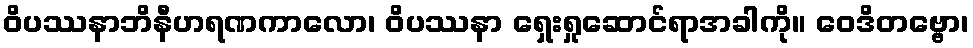
ဝိပဿနာဘိနီဟရဏကာလော၊ ဝိပဿနာ ရှေးရှုဆောင်ရာအခါကို။ ဝေဒိတဗ္ဗော၊